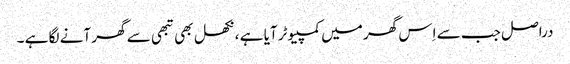
دراصل جب سے اِس گھر میں کمپیوٹر آیا ہے ، نکھل بھی تبھی سے گھر آنے لگا ہے ۔